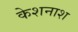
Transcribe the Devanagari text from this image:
केशनाश